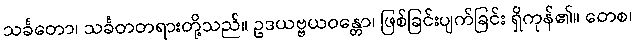
သင်္ခတော၊ သင်္ခတတရားတို့သည်။ ဥဒယဗ္ဗယဝန္တော၊ ဖြစ်ခြင်းပျက်ခြင်း ရှိကုန်၏။ တေစ၊